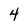
Character: 4